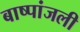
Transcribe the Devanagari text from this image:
बाष्पांजली